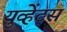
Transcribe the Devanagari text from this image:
युव्हेंटस